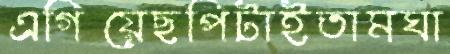
এগিয়েছপিটাইতামঘা